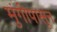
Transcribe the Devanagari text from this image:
मुंगीपासून